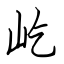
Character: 屹